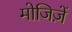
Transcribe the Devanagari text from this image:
मोजिज़ें